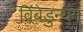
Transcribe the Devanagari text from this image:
विंबेडुन्यंग